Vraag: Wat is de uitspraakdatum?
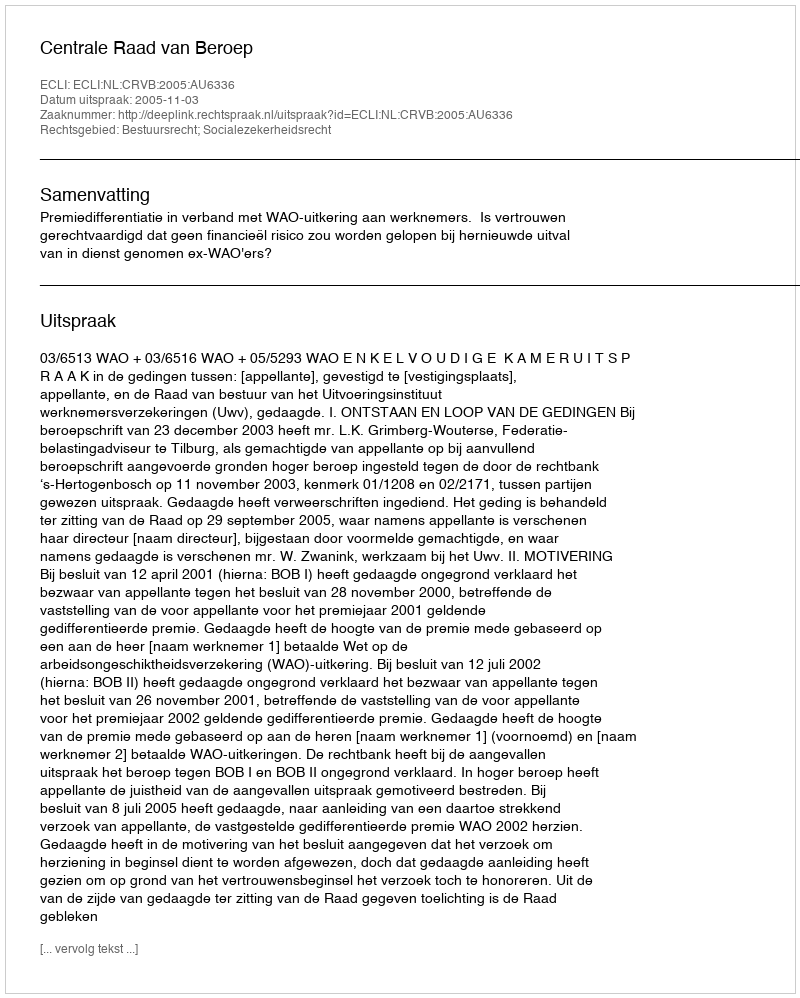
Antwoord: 2005-11-03